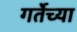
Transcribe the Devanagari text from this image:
गर्तेच्या